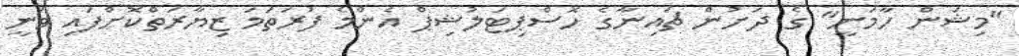
"މިޝަން ހާމަނީ" ގެ ދަށުން ޗައިނާގެ ހޮސްޕިޓަލުޝިޕް އެންމެ ފުރަތަމަ ޒިޔާރަތްކޮށްފައި ވަނީ